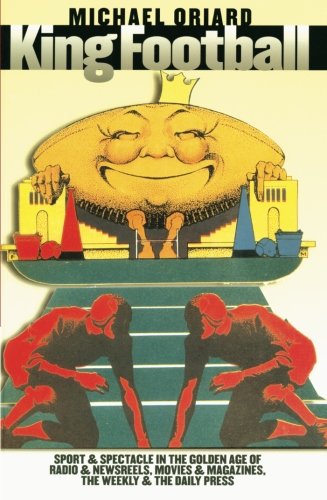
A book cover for King Football: Sport and Spectacle in the Golden Age of Radio and Newsreels, Movies and Magazines, the Weekly and the Daily Press; Michael Oriard; Sports & Outdoors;